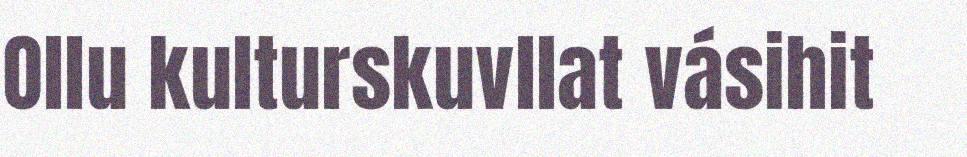
Ollu kulturskuvllat vásihit